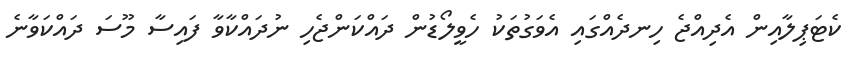
ކެޓަޕިލާއިން އެދިއްޖެ ހިނދެއްގައި އެވަގުތަކު ހެވީލޯޑުން ދައްކަންޖެހި ނުދައްކާވާ ފައިސާ މޫސަ ދައްކަވާނެ